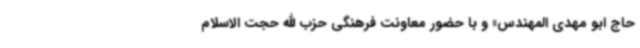
حاج ابو مهدی المهندس» و با حضور معاونت فرهنگی حزب الله حجت الاسلام